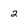
Character: 2